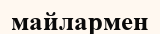
майлармен